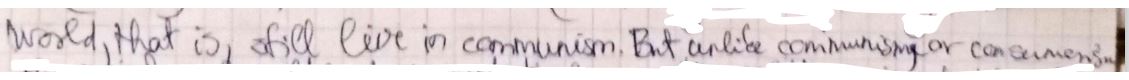
World, that is, still live in communism. But unlike communism or can